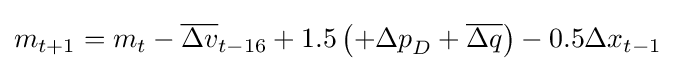
m_{t+1}=m_{t}-{\overline {\Delta v}}_{t-16}+1.5\left(+{\Delta p}_{D}+{\overline {\Delta q}}\right)-0.5{\Delta x}_{t-1}